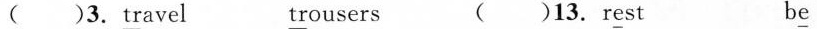
()3.\underline{tr}avel \underline{tr}ousers ()13.r\underline{e}st b\underline{e}